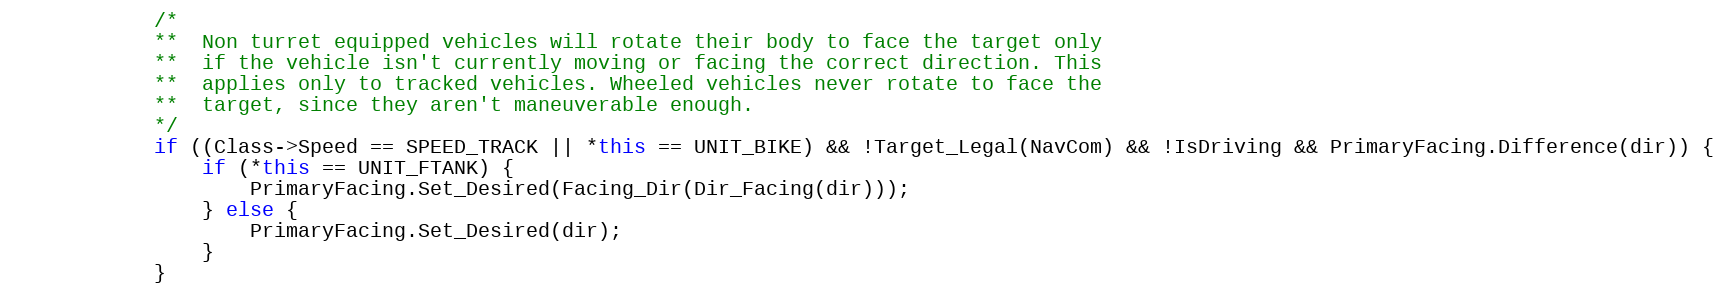
Language: C++
			/*
			**	Non turret equipped vehicles will rotate their body to face the target only
			**	if the vehicle isn't currently moving or facing the correct direction. This
			**	applies only to tracked vehicles. Wheeled vehicles never rotate to face the
			**	target, since they aren't maneuverable enough.
			*/
			if ((Class->Speed == SPEED_TRACK || *this == UNIT_BIKE) && !Target_Legal(NavCom) && !IsDriving && PrimaryFacing.Difference(dir)) {
				if (*this == UNIT_FTANK) {
					PrimaryFacing.Set_Desired(Facing_Dir(Dir_Facing(dir)));
				} else {
					PrimaryFacing.Set_Desired(dir);
				}
			}